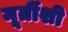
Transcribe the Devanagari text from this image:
मूर्तीशी